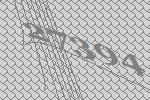
27394